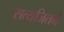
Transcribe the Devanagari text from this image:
सत्यजितने